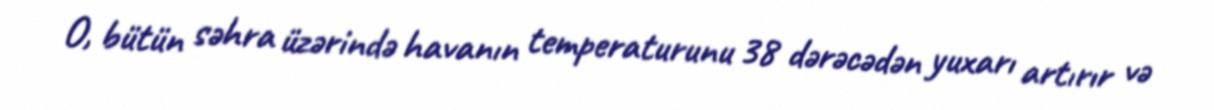
O, bütün səhra üzərində havanın temperaturunu 38 dərəcədən yuxarı artırır və